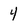
Character: 4